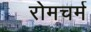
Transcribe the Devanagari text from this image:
रोमचर्म